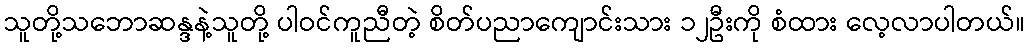
သူတို့သဘောဆန္ဒနဲ့သူတို့ ပါဝင်ကူညီတဲ့ စိတ်ပညာကျောင်းသား ၁၂ဦးကို စံထား လေ့လာပါတယ်။